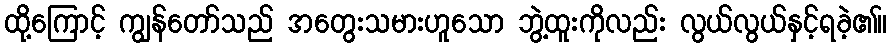
ထို့ကြောင့် ကျွန်တော်သည် အတွေးသမားဟူသော ဘွဲ့ထူးကိုလည်း လွယ်လွယ်နှင့်ရခဲ့၏။